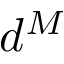
d ^ { M }